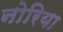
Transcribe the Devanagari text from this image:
नोरिया